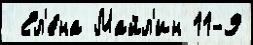
 Ел'е́на Майл'ин 11-9